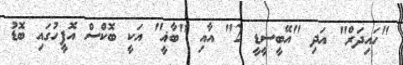
"ހައިދަރް" އަދި "އޭބީސީޑީ 2" އާއި "ބާޣީ" އަކީ ބޮކްސް އޮފީހުގައި ބޮޑު